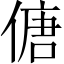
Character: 傏